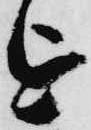
を